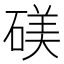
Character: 𬒙